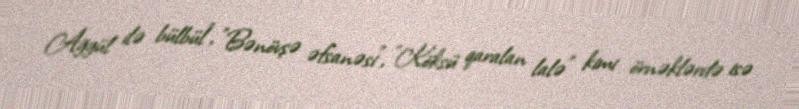
Ağgül ilə bülbül", "Bənövşə əfsanəsi", "Köksü qaralan lalə" kimi örnəklərdə isə